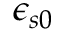
\epsilon _ { s 0 }